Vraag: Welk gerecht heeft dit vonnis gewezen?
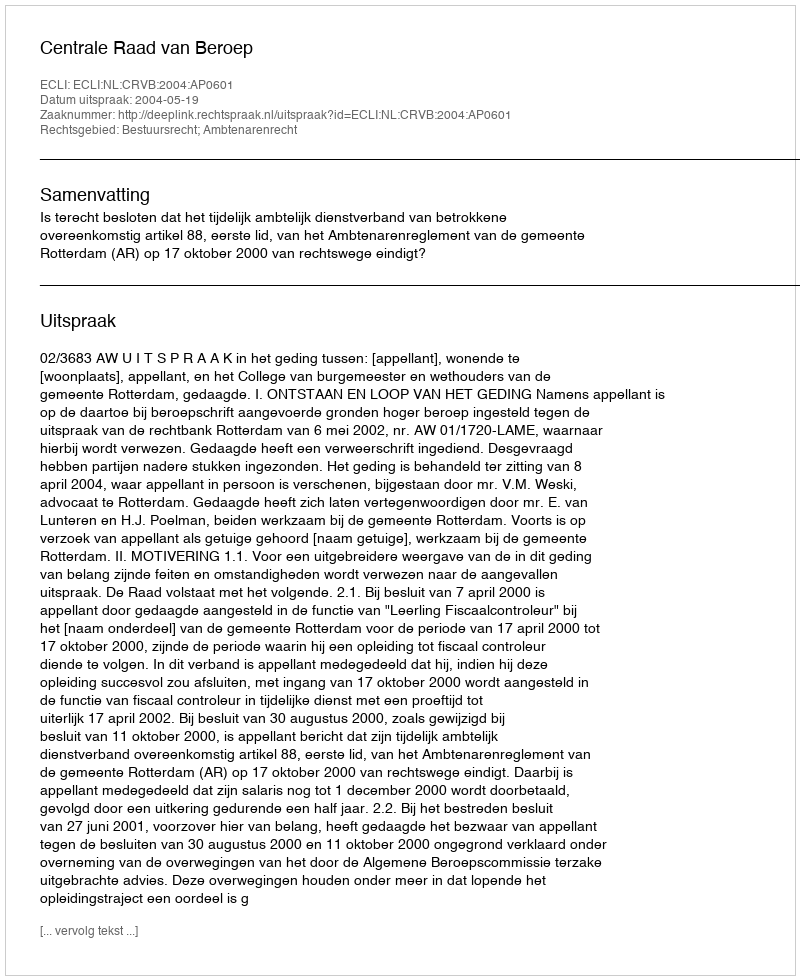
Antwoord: Centrale Raad van Beroep